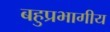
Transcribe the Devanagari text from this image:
बहुप्रभागीय